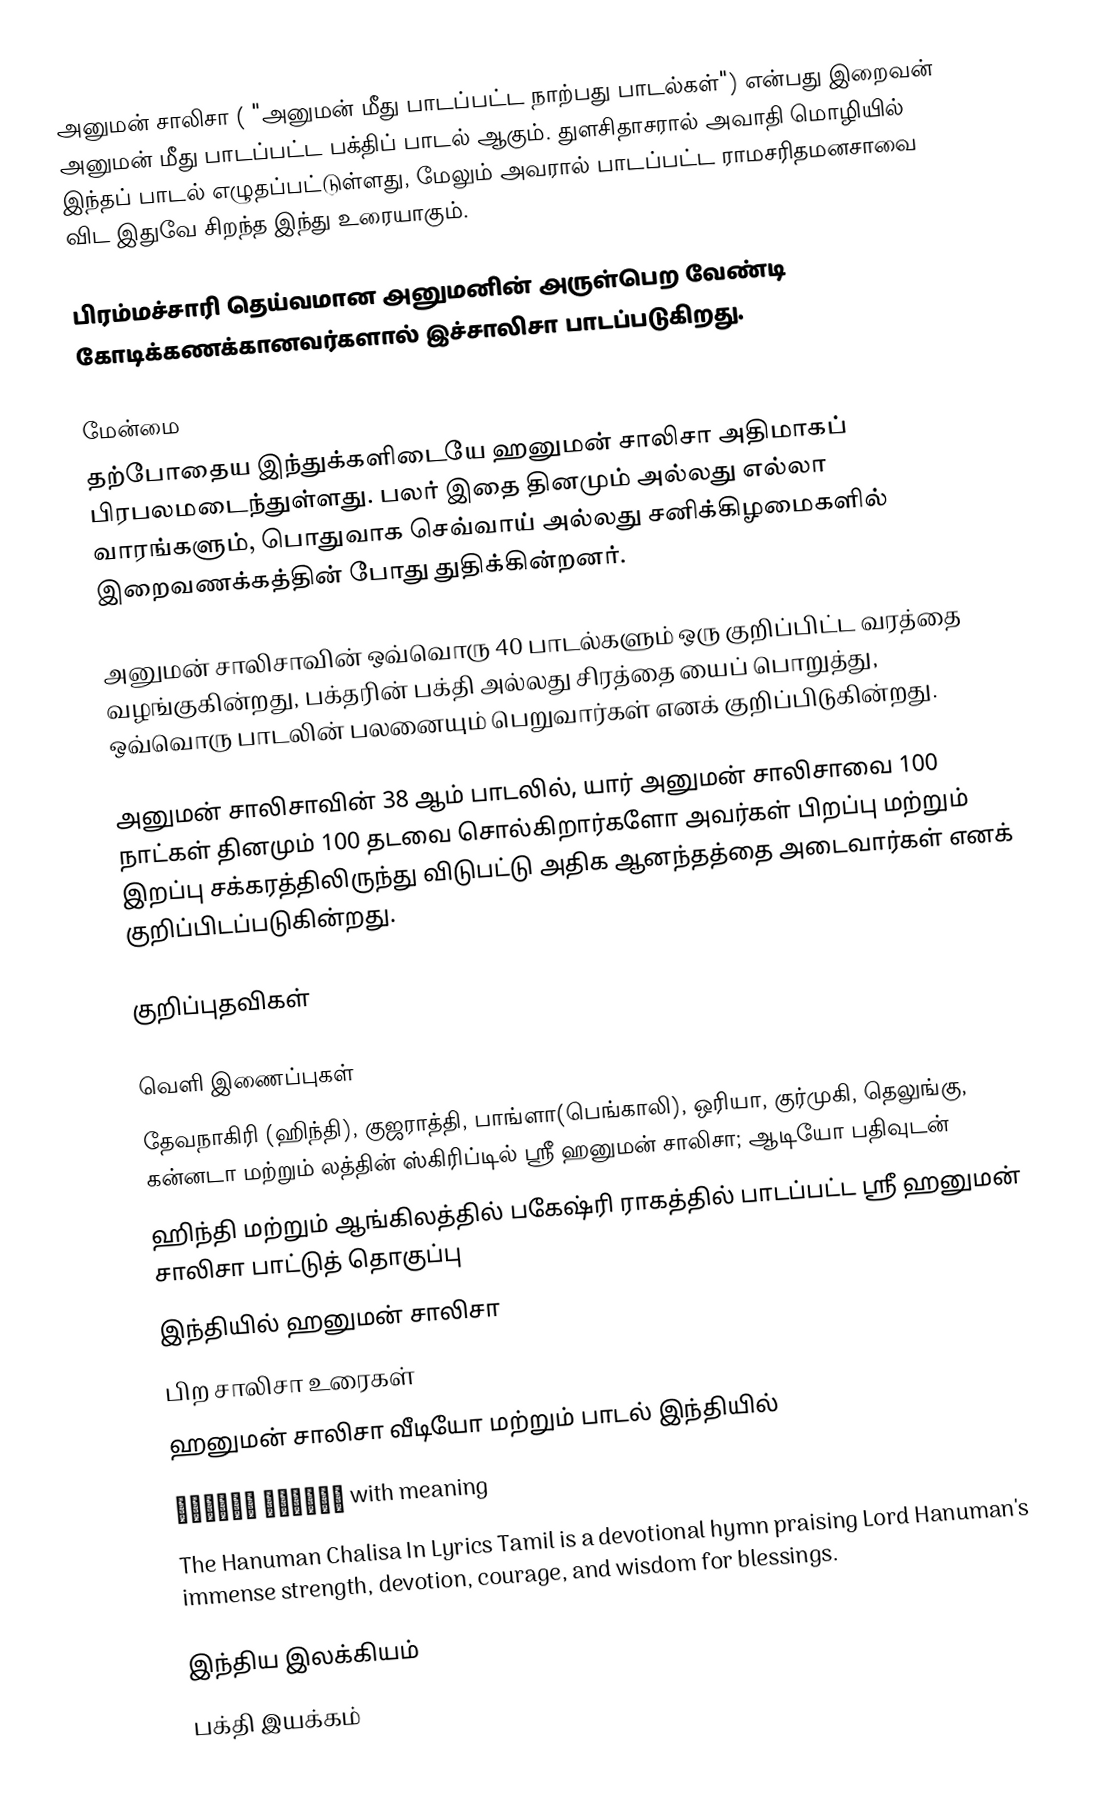
அனுமன் சாலிசா  ( "அனுமன் மீது பாடப்பட்ட நாற்பது பாடல்கள்") என்பது இறைவன் அனுமன் மீது பாடப்பட்ட பக்திப் பாடல் ஆகும். துளசிதாசரால் அவாதி மொழியில் இந்தப் பாடல் எழுதப்பட்டுள்ளது, மேலும் அவரால் பாடப்பட்ட ராமசரிதமனசாவை விட இதுவே சிறந்த இந்து உரையாகும்.

பிரம்மச்சாரி தெய்வமான அனுமனின் அருள்பெற வேண்டி கோடிக்கணக்கானவர்களால் இச்சாலிசா பாடப்படுகிறது.

மேன்மை
தற்போதைய இந்துக்களிடையே ஹனுமன் சாலிசா அதிமாகப் பிரபலமடைந்துள்ளது. பலர் இதை தினமும் அல்லது எல்லா வாரங்களும், பொதுவாக செவ்வாய் அல்லது சனிக்கிழமைகளில் இறைவணக்கத்தின் போது துதிக்கின்றனர்.

அனுமன் சாலிசாவின் ஒவ்வொரு 40 பாடல்களும் ஒரு குறிப்பிட்ட வரத்தை வழங்குகின்றது, பக்தரின் பக்தி  அல்லது சிரத்தை யைப் பொறுத்து, ஒவ்வொரு பாடலின் பலனையும் பெறுவார்கள் எனக் குறிப்பிடுகின்றது.

அனுமன் சாலிசாவின் 38 ஆம் பாடலில், யார் அனுமன் சாலிசாவை 100 நாட்கள் தினமும் 100 தடவை சொல்கிறார்களோ அவர்கள் பிறப்பு மற்றும் இறப்பு சக்கரத்திலிருந்து விடுபட்டு அதிக ஆனந்தத்தை அடைவார்கள் எனக் குறிப்பிடப்படுகின்றது.

குறிப்புதவிகள்

வெளி இணைப்புகள்
 தேவநாகிரி (ஹிந்தி), குஜராத்தி, பாங்ளா(பெங்காலி), ஒரியா, குர்முகி, தெலுங்கு, கன்னடா மற்றும் லத்தின் ஸ்கிரிப்டில் ஸ்ரீ ஹனுமன் சாலிசா; ஆடியோ பதிவுடன்
 ஹிந்தி மற்றும் ஆங்கிலத்தில் பகேஷ்ரி ராகத்தில் பாடப்பட்ட ஸ்ரீ ஹனுமன் சாலிசா பாட்டுத் தொகுப்பு
 இந்தியில் ஹனுமன் சாலிசா
 பிற சாலிசா உரைகள்
 ஹனுமன் சாலிசா வீடியோ மற்றும் பாடல் இந்தியில்
 हनुमान चालीसा with meaning
 The Hanuman Chalisa In Lyrics Tamil is a devotional hymn praising Lord Hanuman's immense strength, devotion, courage, and wisdom for blessings.

இந்திய இலக்கியம்
பக்தி இயக்கம்